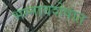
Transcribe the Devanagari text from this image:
भग्नावशेषांत